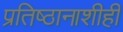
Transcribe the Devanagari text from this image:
प्रतिष्ठानाशीही